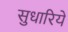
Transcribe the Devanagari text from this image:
सुधारिये